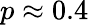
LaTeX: p\approx 0.4